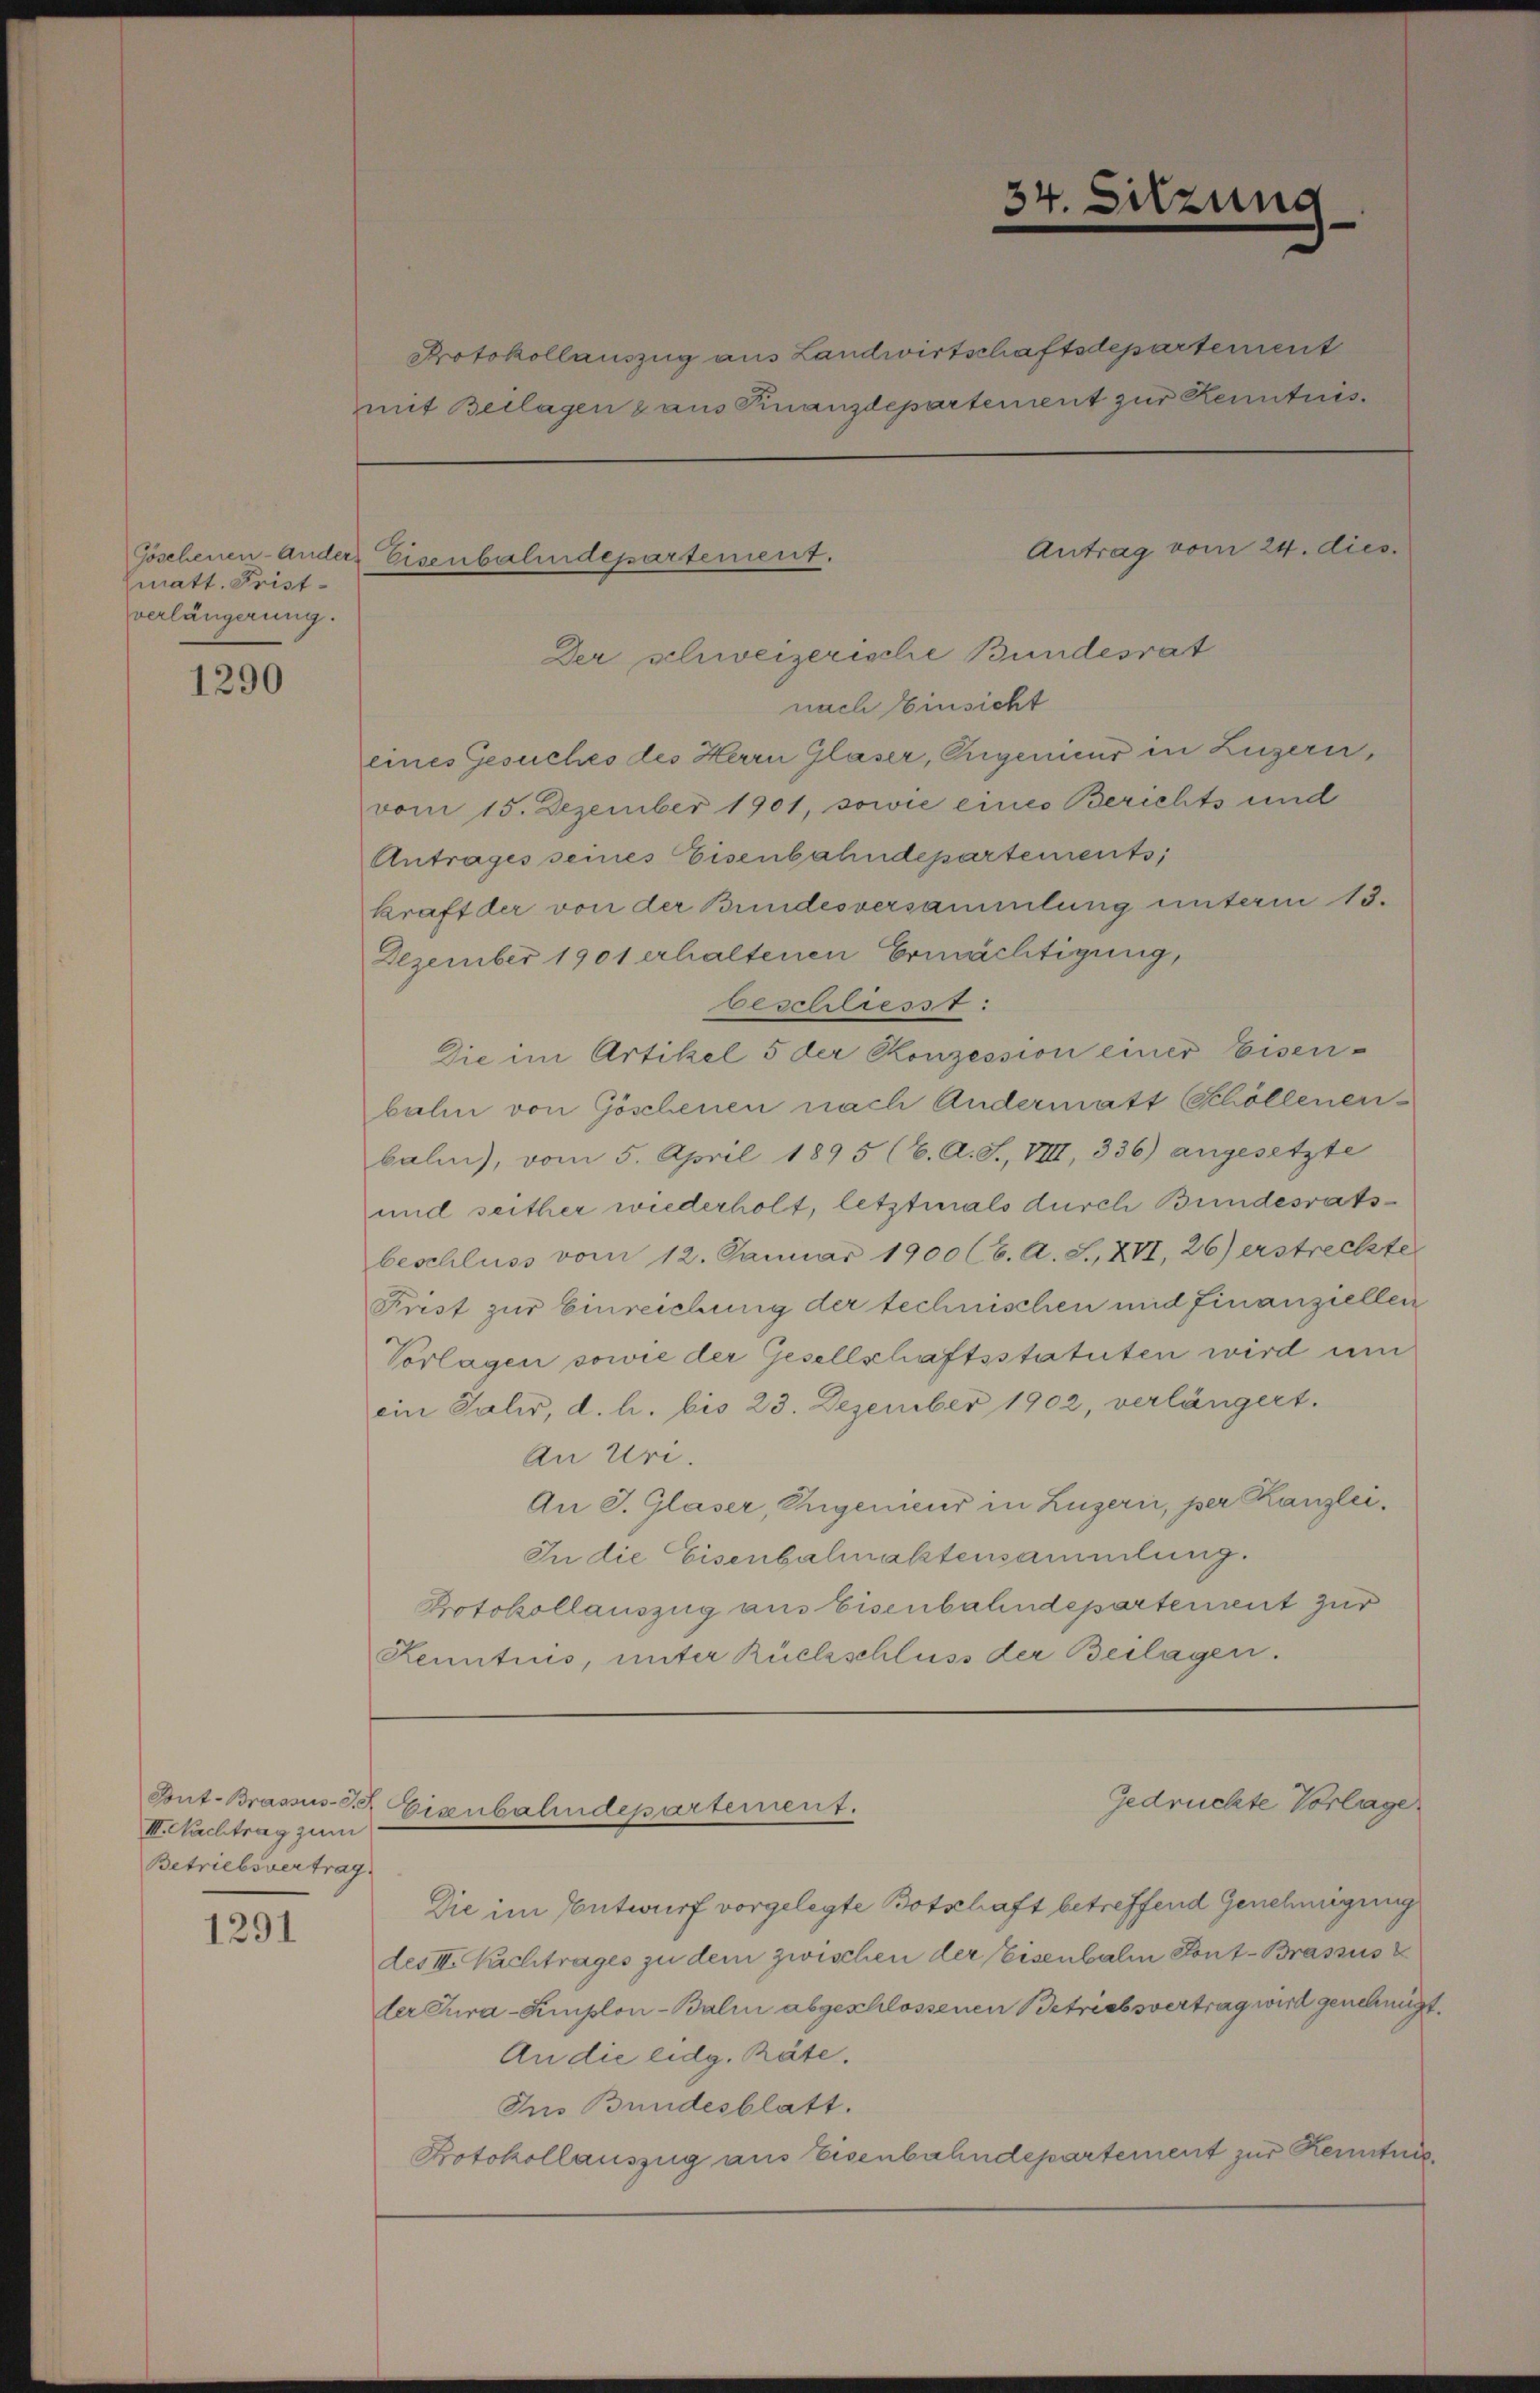
Göschenen-Ander
lmatt. Frist
verlängerung.

1290

III. Nachtrag zum
Betriebsvertrag

1291

Protokollauszug aus Landwirtschaftsdepartement
mit Beilagen z aus Finanzdepartement zur Kenntnis.

Eisenbahndepartement.

Ant. Brassus. Eixubahndepartement.

34. Sitzung

Antrag vom 24. dies

Der schweizerische Bundesrat
nach Einsicht
eines Gesuches des Herrn Glaser, Ingenieur in Luzern,
vom 15. Dezember 1901, sowie eines Berichts und
Antrages seines Eisenbahndepartements,
kraft der von der Bundesversammlung unterm 13.
Dezember 1901 erhaltenen Ermächtigung,
beschliesst:
Die im Artikel 5 der Konzession einer Eisenbalm von Göschenen nach Andermatt (Schöllenen
balm), vom 5. April 1895 (6. A. S., VIII, 336) angesetzte
und seither wiederholt, letztmals durch Bundesrats
beschluss vom 12. Januar 1900 (6. A. S. XVI, 26) erstreckte
Frist zur Einreichung der technischen und finanziellen
Vorlagen sowie der Gesellschaftsstatuten wird um
ein Salis, d. h. bis 23. Dezember 1902, verlängert.
An Uri.
An J. Glaser, Engenieur in Luzern, per Kanzlei¬
In die Eisenbalmalstensammlung.
Protokollauszug aus Eisenbahndepartement zur
Kenntnis, unter Rückschluss der Beilagen.

Gedrückte Vorlage

Die im Entwurf vorgelegte Botschaft betreffend Genehmigung
des III. Nachtrages zu dem zwischen der Eisenbale Pont. Brassus
ler Cura-Emplon-Balin abgeschlossenen Betriebsvertrag wird genehmigt.
An die eidg. Räte.
Ins Bundesblatt.
Protokollauszug aus Eisenbahndepartement zur Kenntni